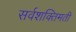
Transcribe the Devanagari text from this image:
सर्वशक्तिमती